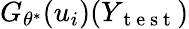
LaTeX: G_{\theta^{*}}(u_{i})(Y_{\mathrm{~t~e~s~t~}})